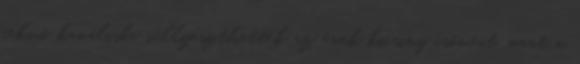
fekvő kanálisba süllyeszthették az erek kicsiny csöveit, mert a